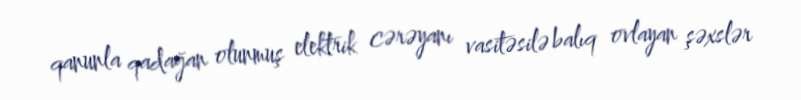
qanunla qadağan olunmuş elektrik cərəyanı vasitəsilə balıq ovlayan şəxslər